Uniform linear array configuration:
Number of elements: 48
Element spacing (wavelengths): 1
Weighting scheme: binomial
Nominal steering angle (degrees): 0
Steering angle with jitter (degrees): -1.934
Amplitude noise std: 0.05
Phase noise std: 0.05

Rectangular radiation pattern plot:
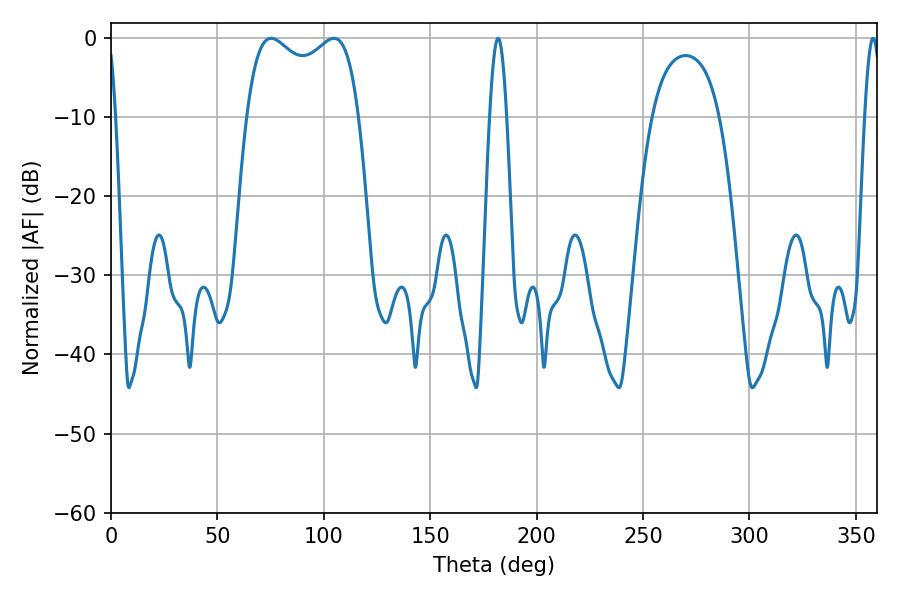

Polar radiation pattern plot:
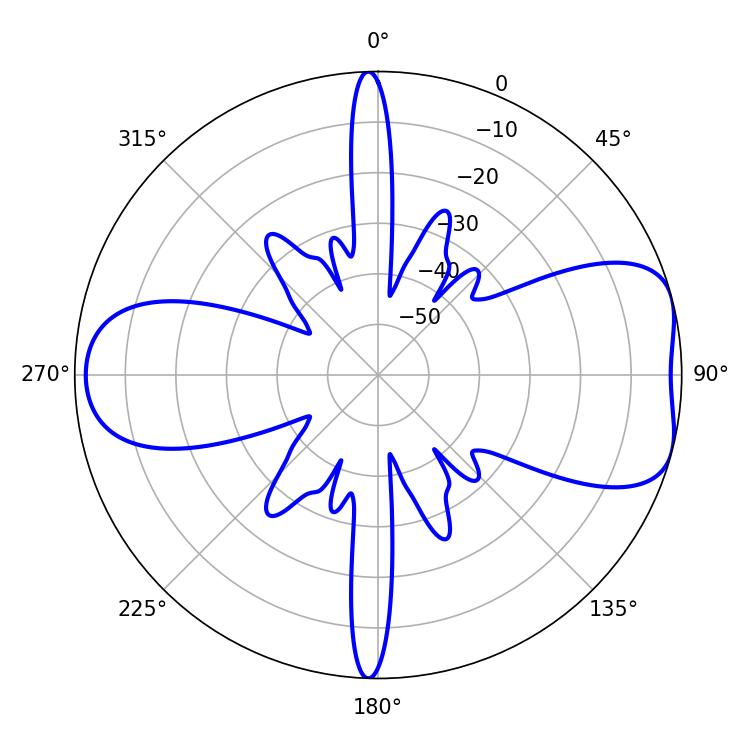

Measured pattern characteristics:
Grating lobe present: TRUE
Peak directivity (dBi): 7.008
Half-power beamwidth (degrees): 43.56
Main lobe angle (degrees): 75.24